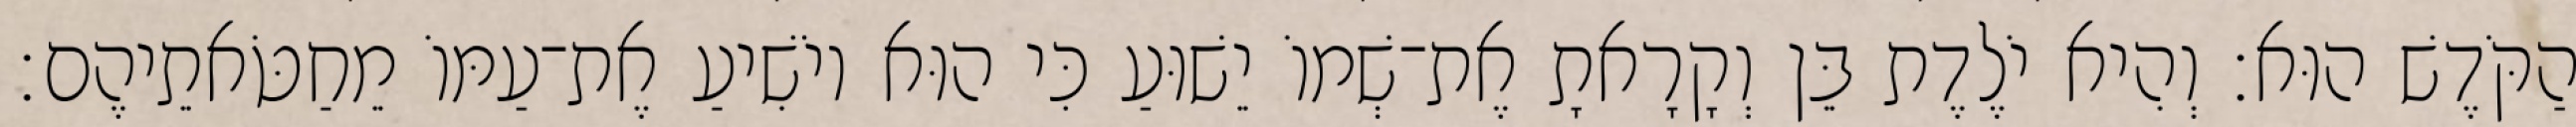
הַקֹּדֶשׁ הוּא׃ וְהִיא יֹלֶדֶת בֵּן וְקָרָאתָ אֶת־שְׁמוֹ יֵשׁוּעַ כִּי הוּא יוֹשִׁיעַ אֶת־עַמּוֹ מֵחַטֹּאתֵיהֶם׃